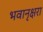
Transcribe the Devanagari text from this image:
भवानृक्षरा